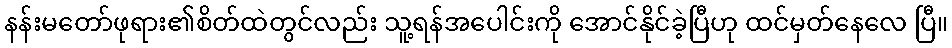
နန်းမတော်ဖုရား၏စိတ်ထဲတွင်လည်း သူ့ရန်အပေါင်းကို အောင်နိုင်ခဲ့ပြီဟု ထင်မှတ်နေလေ ပြီ။